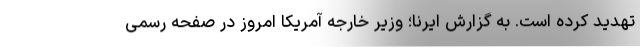
تهدید کرده است. به گزارش ایرنا؛ وزیر خارجه آمریکا امروز در صفحه رسمی